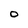
Character: O